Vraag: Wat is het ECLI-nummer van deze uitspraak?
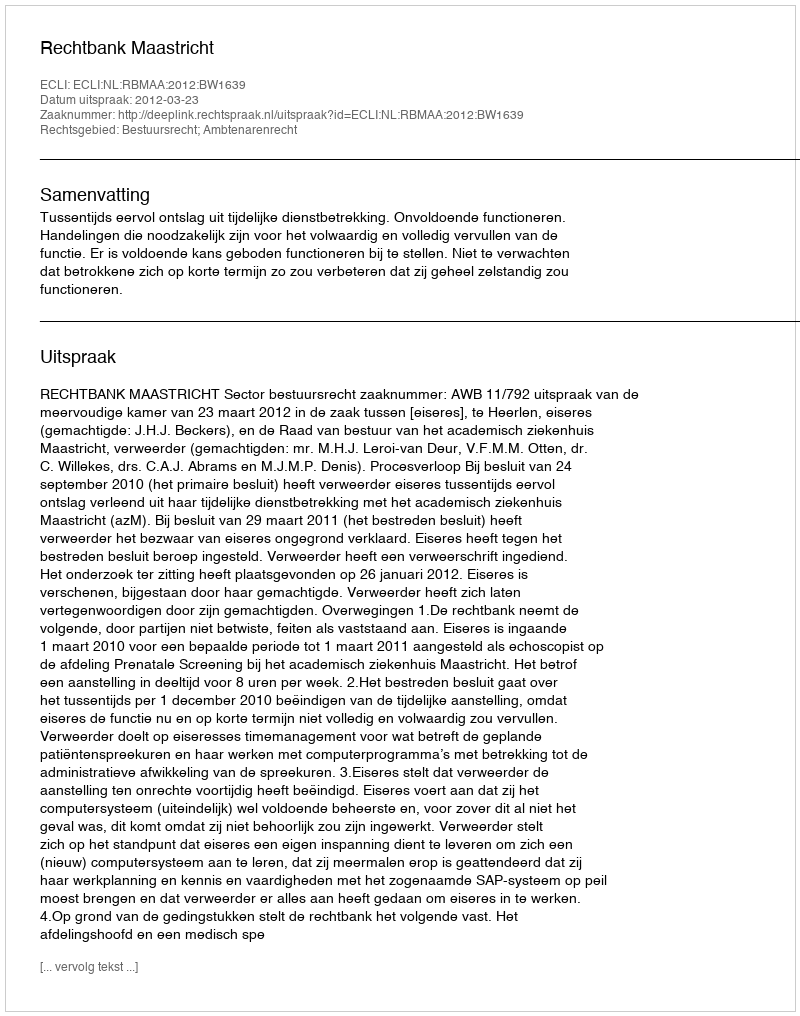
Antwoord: ECLI:NL:RBMAA:2012:BW1639